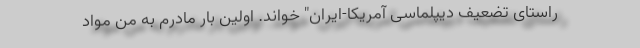
راستای تضعیف دیپلماسی آمریکا-ایران" خواند. اولین بار مادرم به من مواد